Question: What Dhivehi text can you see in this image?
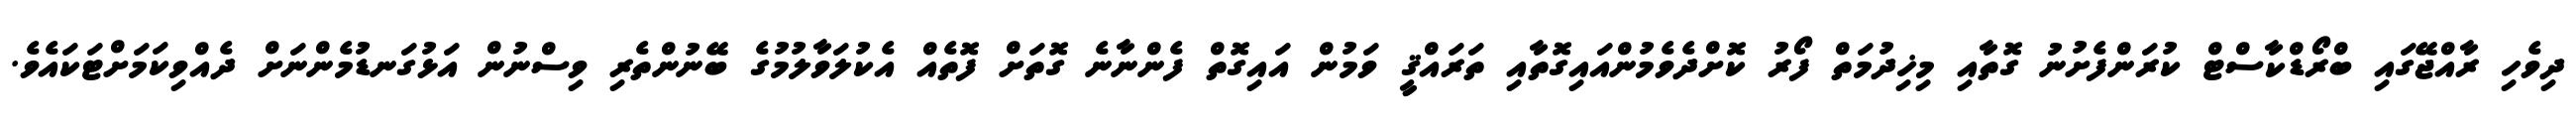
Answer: ދިވެހި ރާއްޖޭގައި ބްރޯޑްކާސްޓް ކުރަންފެށުނު ގޮތާއި މިޚިދުމަތް ފޯރު ކޮށްދެވެމުންއައިގޮތާއި ތަރައްޤީ ވަމުން އައިގޮތް ފެންނާނެ ގޮތަށް ފޮތެއް އެކުލަވާލުމުގެ ބޭނުންތެރި ވިސްނުން އަޅުގަނޑުމެންނަށް ދެއްވިކަމަށްޓަކައެވެ.